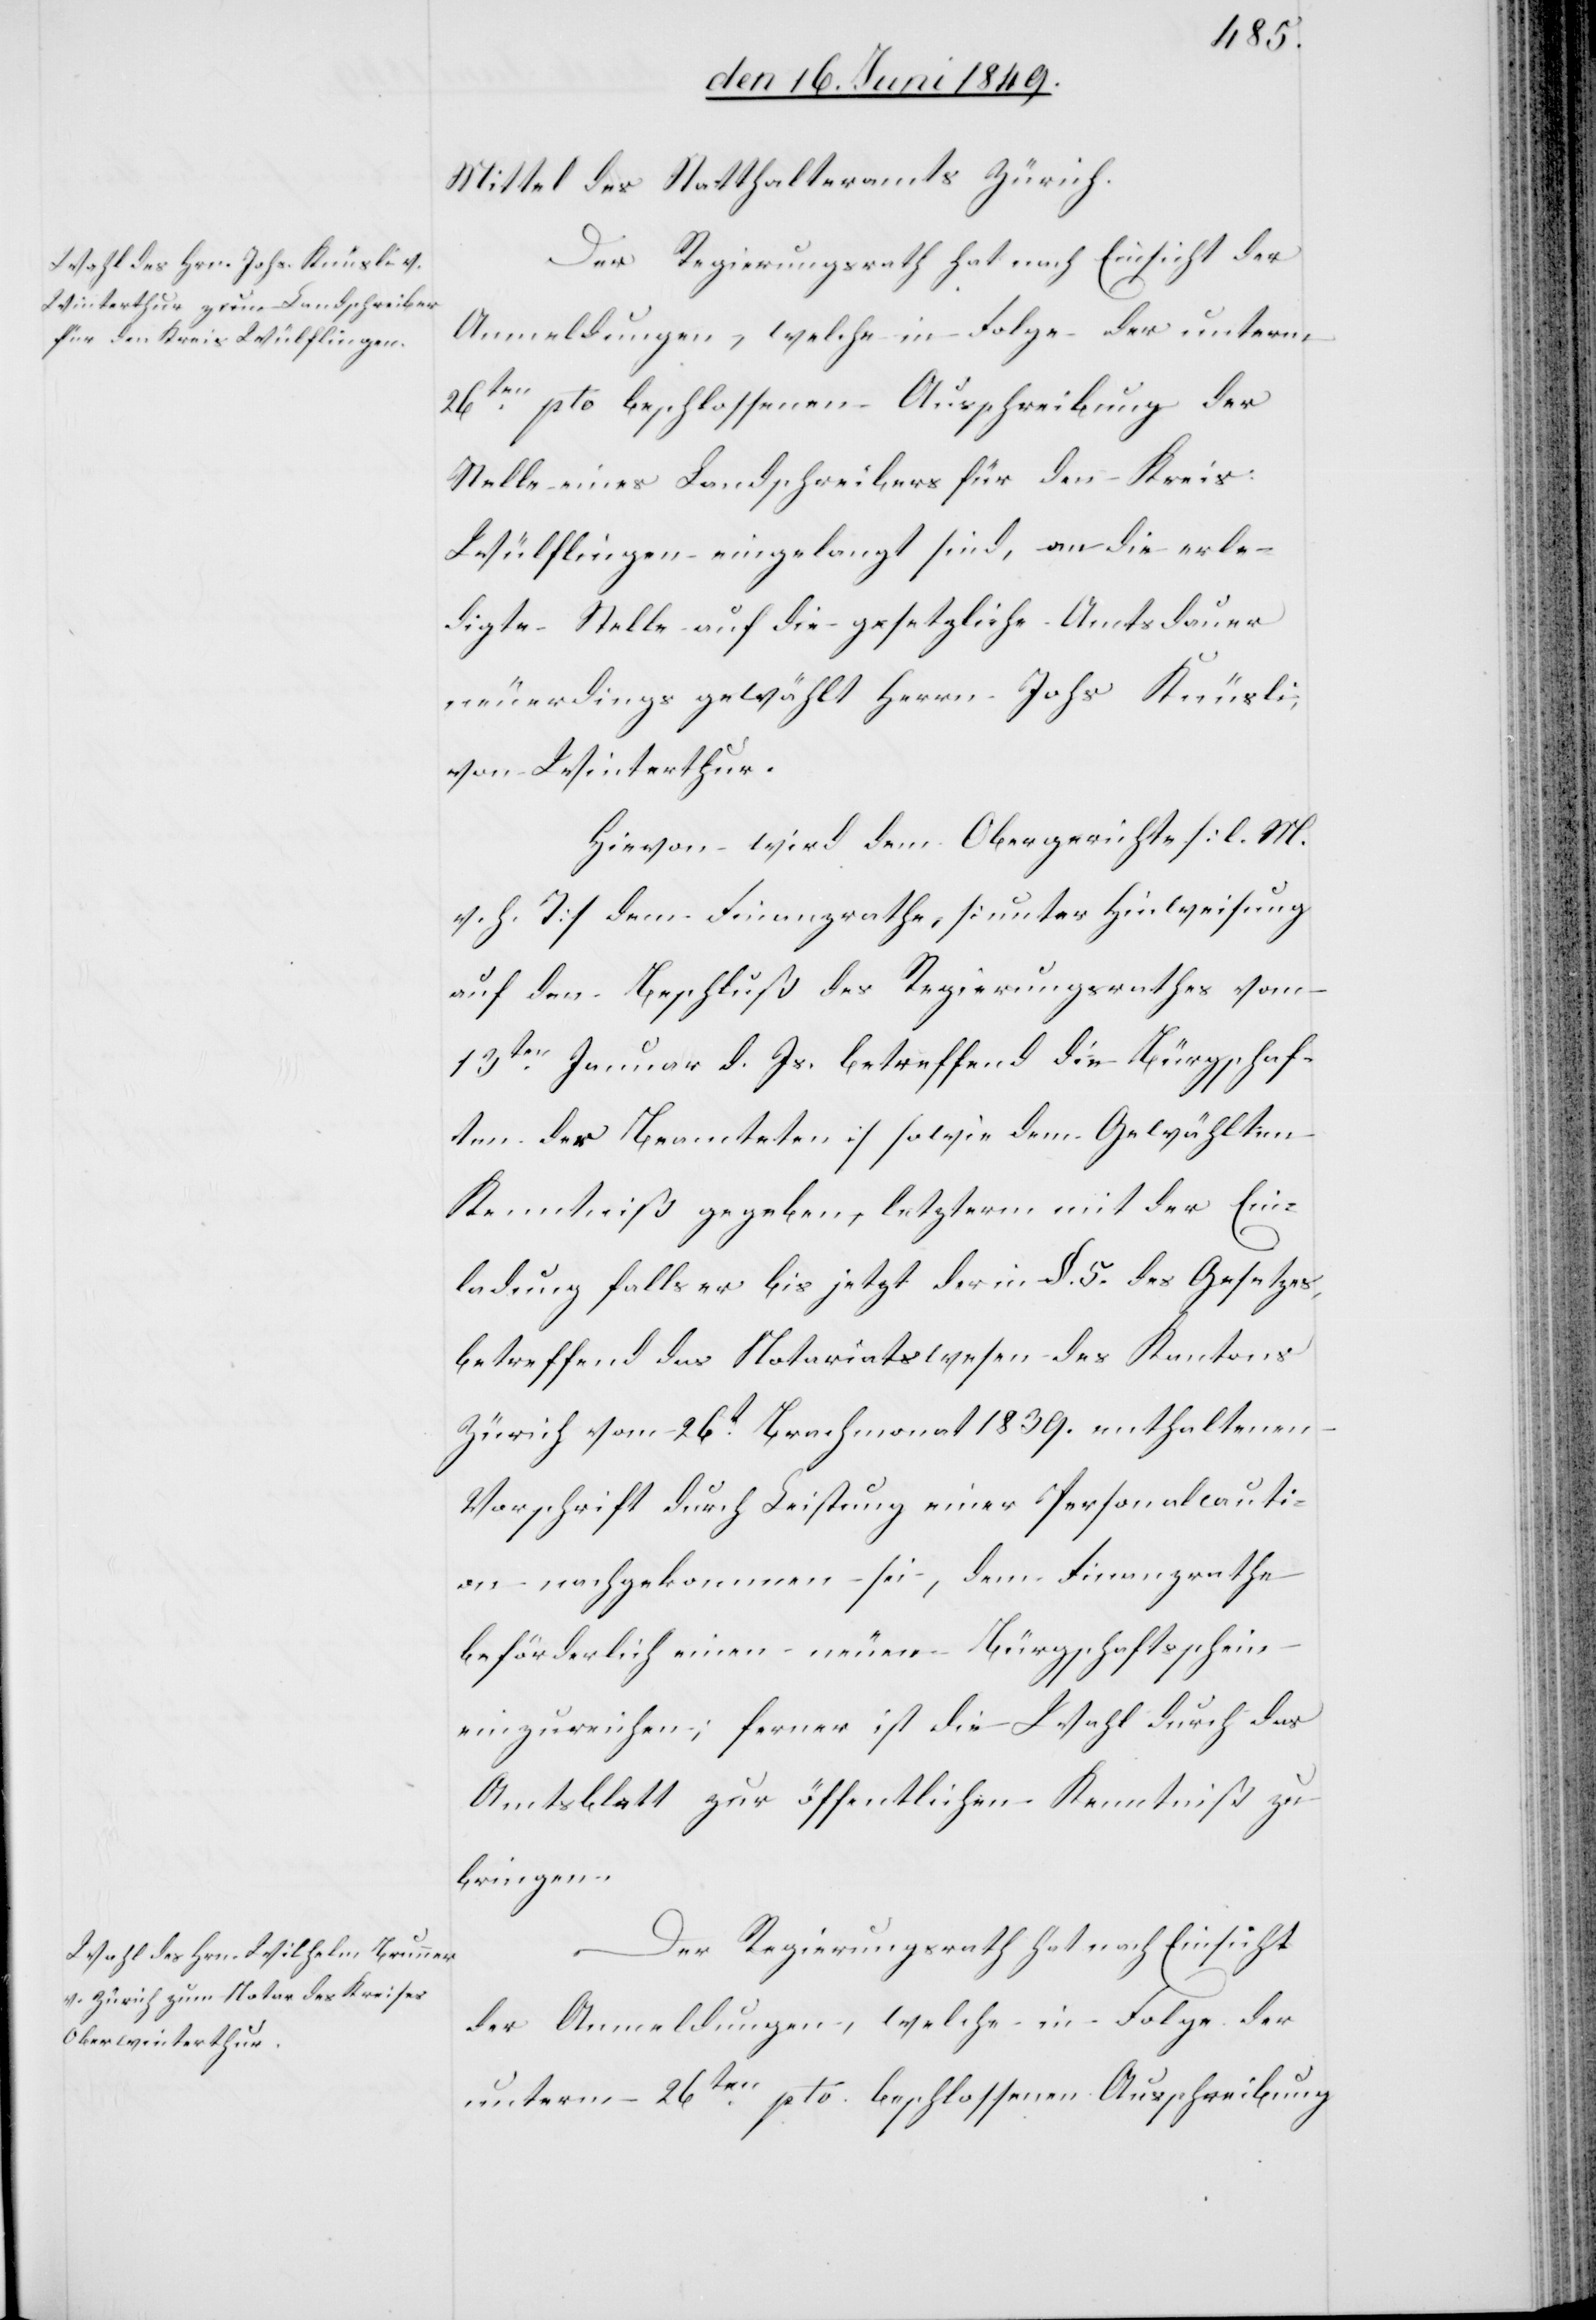
Mittel des Statthalteramts Zürich.
Der Regierungsrath hat nach Einsicht der
Anmeldungen, welche in Folge der unterm
26ten pto beschlossenen Ausschreibung der
Stelle eines Landschreibers für den Kreis:
Wülflingen eingelangt sind, an die erle¬
digte Stelle auf die gesetzliche Amtsdauer
neuerdings gewählt Herrn Johs. Knüsli,
von Winterthur.
Hievon wird dem Obergerichte [l. M.
h. T] dem Finanzrathe, [unter Hinweisung
auf den Beschluß des Regierungsrathes vom
13ten Januar d. Js. betreffend die Bürgschaf¬
ten des Beamteten] sowie dem Gewählten
Kenntniß gegeben, letzterm mit der Ein¬
ladung falls er bis jetzt darin §. 5. des Gesetzes,
betreffend das Notariatswesen des Kantons
Zürich vom 26t Brachmonat 1839. enthaltenen
Vorschrift durch Leistung einer Personalcauti¬
on nachgekommen sei, dem Finanzrathe
beförderlich einen neuen Bürgschaftsschein
einzureichen; ferner ist die Wahl durch das
Amtsblatt zur öffentlichen Kenntniß zu
bringen.
Der Regierungsrath hat nach Einsicht
der Anmeldungen, welche in Folge der
unterm 26ten pto. beschlossenen Ausschreibung